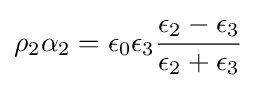
\rho _{2}\alpha _{2}=\epsilon _{0}\epsilon _{3}{\frac {\epsilon _{2}-\epsilon _{3}}{\epsilon _{2}+\epsilon _{3}}}